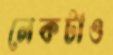
লেকটাও